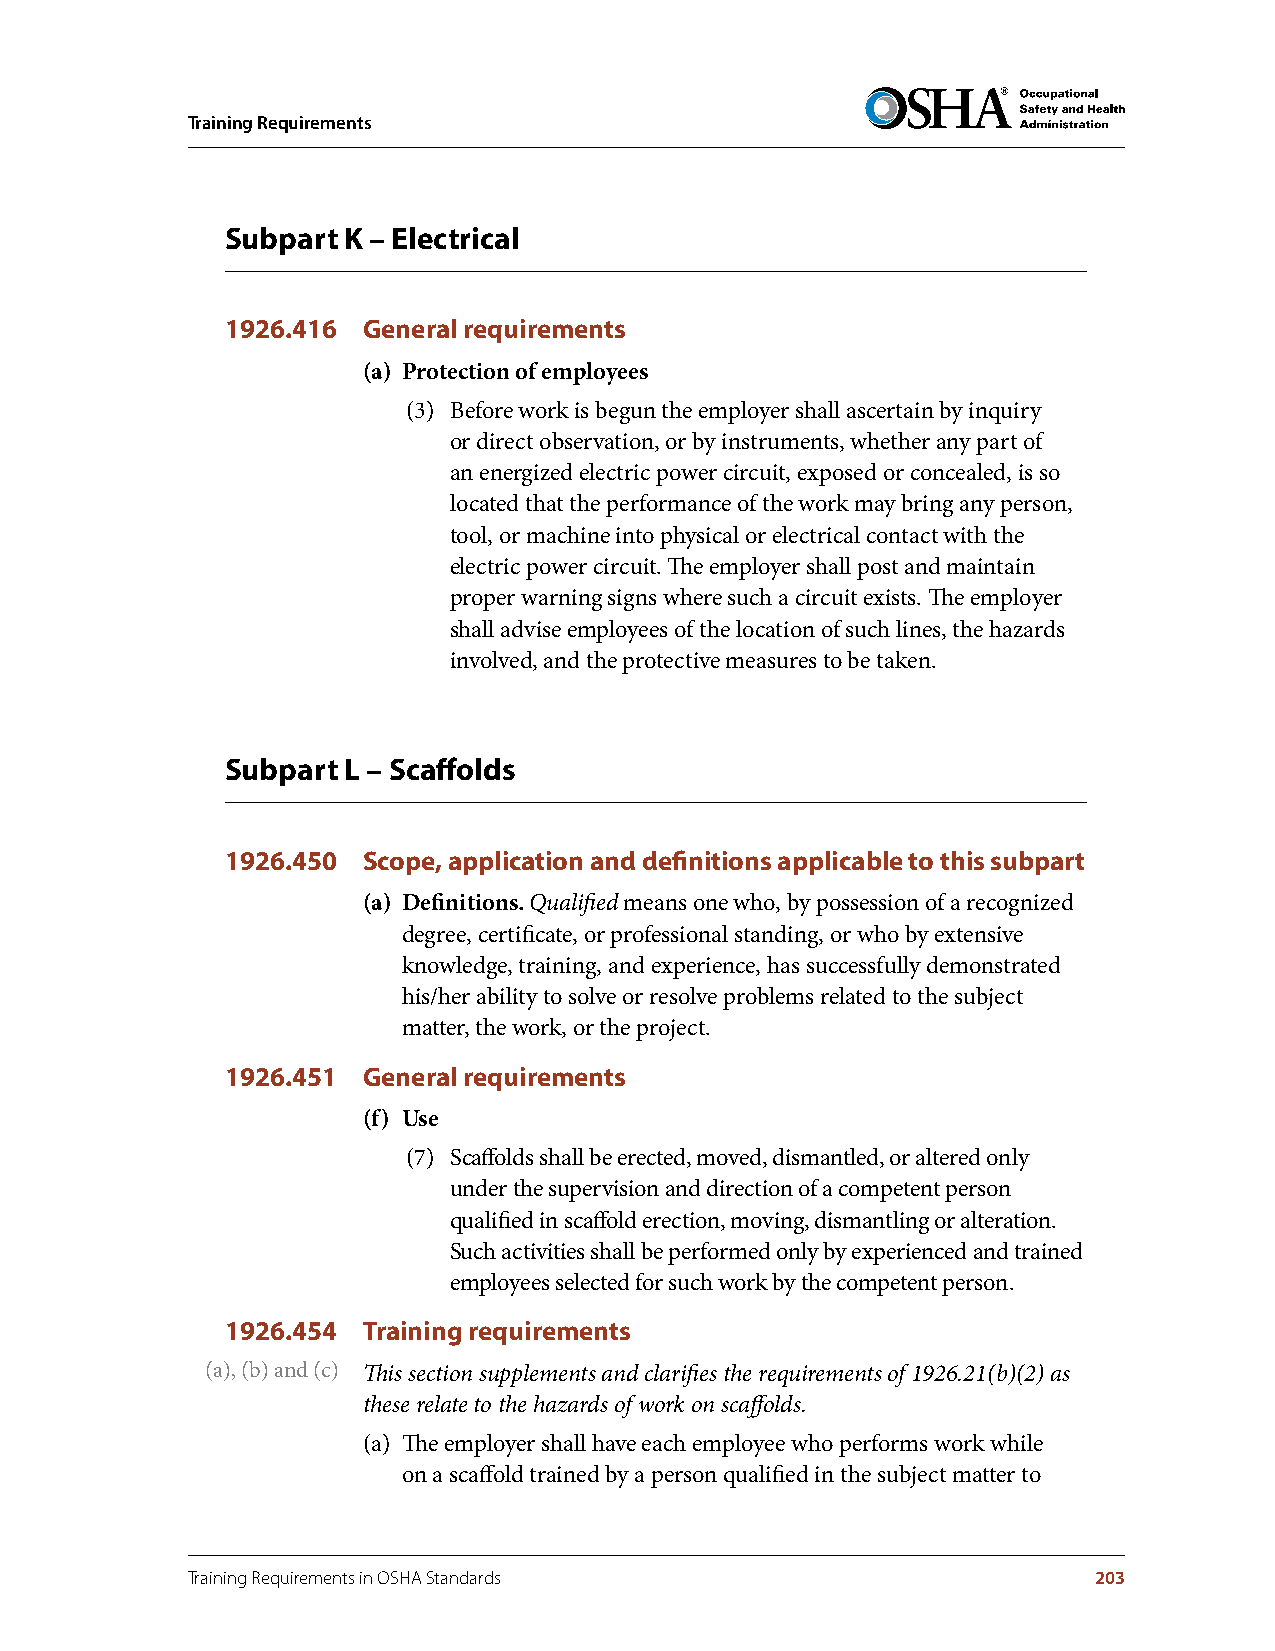
Training Requirements
 Subpart K – Electrical
 1926.416 General requirements
 (a) Protection of employees
 (3) Before work is begun the employer shall ascertain by inquiry
 or direct observation, or by instruments, whether any part of
 an energized electric power circuit, exposed or concealed, is so
 located that the performance of the work may bring any person,
 tool, or machine into physical or electrical contact with the
 electric power circuit. The employer shall post and maintain
 proper warning signs where such a circuit exists. The employer
 shall advise employees of the location of such lines, the hazards
 involved, and the protective measures to be taken.
 Subpart L – Scaffolds
 1926.450 Scope, application and definitions applicable to this subpart
 (a) Definitions . Qualified means one who, by possession of a recognized
 degree, certificate, or professional standing, or who by extensive
 knowledge, training, and experience, has successfully demonstrated
 his/her ability to solve or resolve problems related to the subject
 matter, the work, or the project.
 1926.451 General requirements
 (f) Use
 (7) Scaffolds shall be erected, moved, dismantled, or altered only
 under the supervision and direction of a competent person
 qualified in scaffold erection, moving, dismantling or alteration.
 Such activities shall be performed only by experienced and trained
 employees selected for such work by the competent person.
 1926.454 Training requirements
 (a), (b) and (c) This section supplements and clarifies the requirements of 1926.21(b)(2) as
 these relate to the hazards of work on scaffolds.
 (a) The employer shall have each employee who performs work while
 on a scaffold trained by a person qualified in the subject matter to
 Training Requirements in OSHA Standards                     203